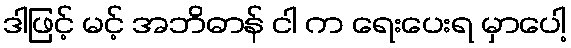
ဒါဖြင့် မင့် အဘိဓာန် ငါ က ရေးပေးရ မှာပေါ့